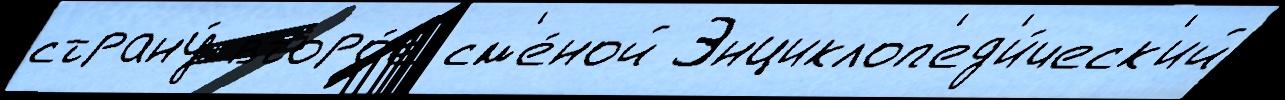
страну́ второ́е см'е́ной Энциклоп'ед'и́ческ'ий